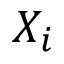
X _ { i }